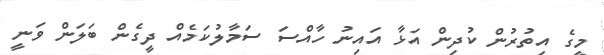
މީގެ އިތުރުން ކުދިން އަޅާ އައިނު ހާއްސަ ސަމާލުކަމެއް ދީގެން ބަލަން ވަނީ